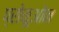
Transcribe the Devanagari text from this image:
प्रोकूओन